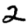
Digit: 2